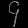
Digit: ၄